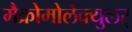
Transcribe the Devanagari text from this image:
मैक्रोमोलेक्युलर्